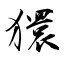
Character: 獧